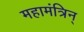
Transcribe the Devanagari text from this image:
महामंत्रिन्‌